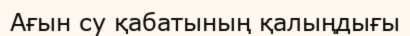
Ағын су қабатының қалыңдығы